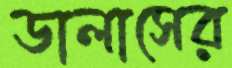
ডালাসের